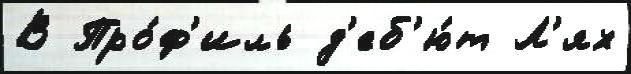
В Про́ф'иль д'еб'ю́т Л'ях